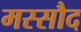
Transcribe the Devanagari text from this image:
मस्सौद